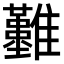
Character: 𩁣